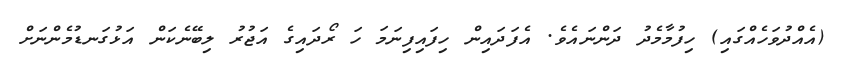
(އެއްދުވަހެއްގައި) ހިފުމާމެދު ދަންނައެވެ. އެފަދައިން ހިފައިފިނަމަ ހަ ރޯދައިގެ އަޖުރު ލިބޭނެކަން އަޅުގަނޑުމެންނަށް